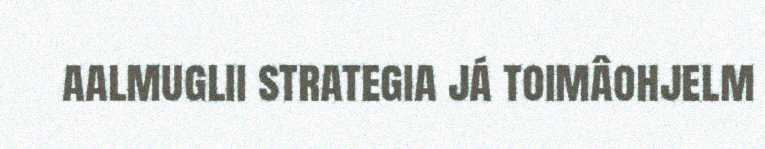
aalmuglii strategia já toimâohjelm